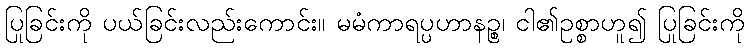
ပြုခြင်းကို ပယ်ခြင်းလည်းကောင်း။ မမံကာရပ္ပဟာနဉ္စ၊ ငါ၏ဥစ္စာဟူ၍ ပြုခြင်းကို